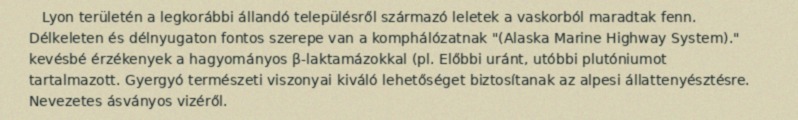
Lyon területén a legkorábbi állandó településről származó leletek a vaskorból maradtak fenn. Délkeleten és délnyugaton fontos szerepe van a komphálózatnak "(Alaska Marine Highway System)." kevésbé érzékenyek a hagyományos β-laktamázokkal (pl. Előbbi uránt, utóbbi plutóniumot tartalmazott. Gyergyó természeti viszonyai kiváló lehetőséget biztosítanak az alpesi állattenyésztésre. Nevezetes ásványos vizéről.